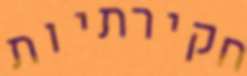
חקירתיות